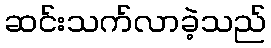
ဆင်းသက်လာခဲ့သည်